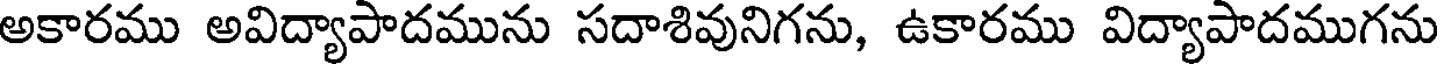
అకారము అవిద్యాపాదమును సదాశివునిగను, ఉకారము విద్యాపాదముగను